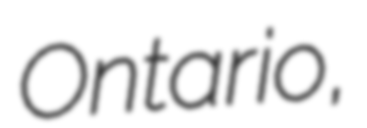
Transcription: Ontario,